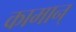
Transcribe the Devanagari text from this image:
कामान्